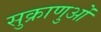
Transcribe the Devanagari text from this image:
सुक्राणुओं